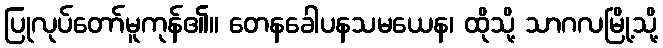
ပြုလုပ်တော်မူကုန်၏။ တေနခေါပနသမယေန၊ ထိုသို့ သာဂလမြို့သို့